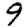
Digit: 9